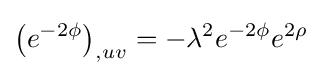
\left(e^{-2\phi }\right)_{,uv}=-\lambda ^{2}e^{-2\phi }e^{2\rho }